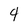
Character: 4